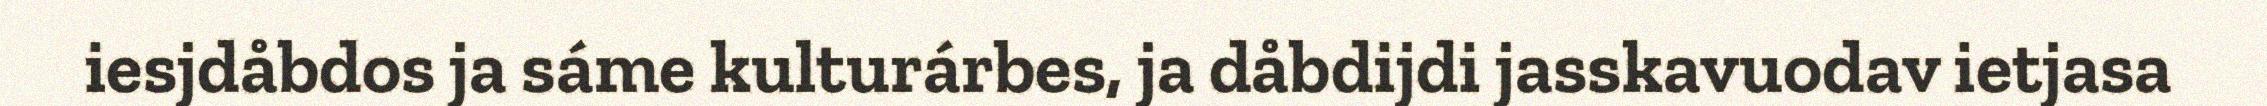
iesjdåbdos ja sáme kulturárbes, ja dåbdijdi jasskavuodav ietjasa